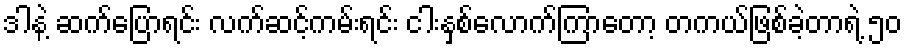
ဒါနဲ့ ဆက်ပြောရင်း လက်ဆင့်ကမ်းရင်း ငါးနှစ်လောက်ကြာတော့ တကယ်ဖြစ်ခဲ့တာရဲ့ ၅၀